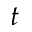
t